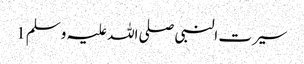
سیرت النبی صلی اللہ علیہ وسلم 1